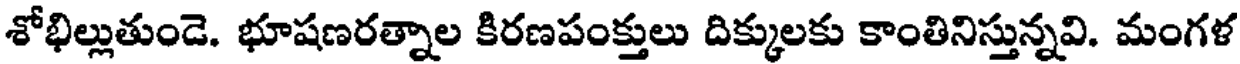
శోభిల్లుతుండె. భూషణరత్నాల కిరణపంక్తులు దిక్కులకు కాంతినిస్తున్నవి. మంగళ